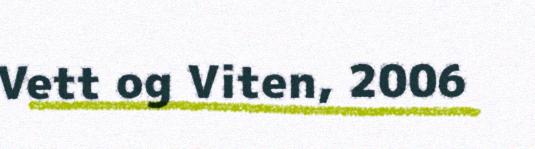
Vett og Viten, 2006